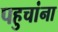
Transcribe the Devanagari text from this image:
पहुचांना